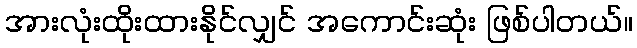
အားလုံးထိုးထားနိုင်လျှင် အကောင်းဆုံး ဖြစ်ပါတယ်။